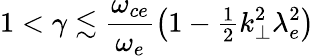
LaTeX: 1<\gamma\lesssim\frac{\omega_{ce}}{\omega_{e}}\big(1-{\textstyle\frac{1}{2}}k_{\perp}^{2}\lambda_{e}^{2}\big)